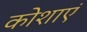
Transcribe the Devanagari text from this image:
कोशाएं